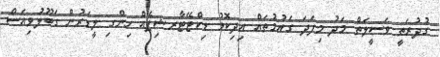
ގުދުރަތީ ވަސީލަތް މަދު މިފަދަ ގައުމުތައް އިދިކޮޅު ޑިކްޓޭޓާރޝިޕެއް ހިންގި ލީޑަރުން ގަބޫލުވިއަސް